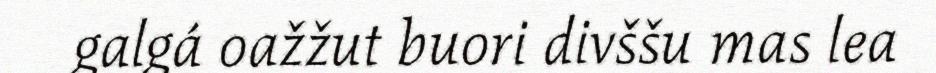
galgá oažžut buori divššu mas lea